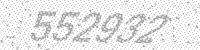
Solution: 552932